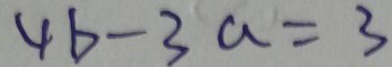
4 b - 3 a = 3